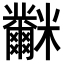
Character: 𥽲